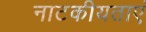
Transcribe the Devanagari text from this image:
नाटकीयताएं